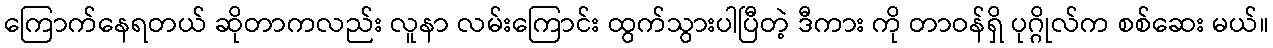
ကြောက်နေရတယ် ဆိုတာကလည်း လူနာ လမ်းကြောင်း ထွက်သွားပါပြီတဲ့ ဒီကား ကို တာဝန်ရှိ ပုဂ္ဂိုလ်က စစ်ဆေး မယ်။